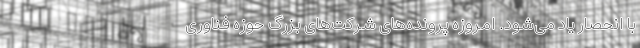
با انحصار یاد می‌شود. امروزه پرونده‌های شرکت‌های بزرگ حوزه فناوری